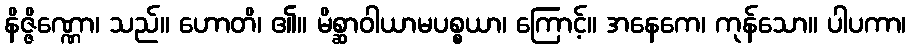
နိဇ္ဇိဏ္ဏော၊ သည်။ ဟောတိ၊ ၏။ မိစ္ဆာဝါယာမပစ္စယာ၊ ကြောင့်။ အနေကေ၊ ကုန်သော။ ပါပကာ၊